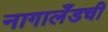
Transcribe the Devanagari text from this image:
नागालँडची